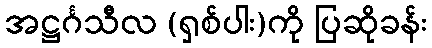
အဋ္ဌင်္ဂသီလ (ရှစ်ပါး)ကို ပြဆိုခန်း